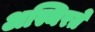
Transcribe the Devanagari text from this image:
अस्थिरते